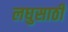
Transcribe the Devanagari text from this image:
लघुसाठी